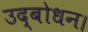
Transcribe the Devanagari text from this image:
उद्बोधन।